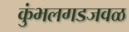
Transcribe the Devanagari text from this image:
कुंभलगडजवळ